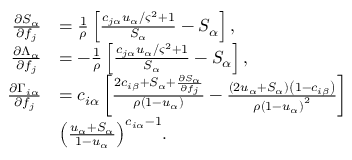
\begin{array} { r l } { \frac { \partial S _ { \alpha } } { \partial f _ { j } } } & { = \frac { 1 } { \rho } \left[ \frac { c _ { j \alpha } u _ { \alpha } / \varsigma ^ { 2 } + 1 } { S _ { \alpha } } - S _ { \alpha } \right] , } \\ { \frac { \partial \Lambda _ { \alpha } } { \partial f _ { j } } } & { = - \frac { 1 } { \rho } \left[ \frac { c _ { j \alpha } u _ { \alpha } / \varsigma ^ { 2 } + 1 } { S _ { \alpha } } - S _ { \alpha } \right] , } \\ { \frac { \partial \Gamma _ { i \alpha } } { \partial f _ { j } } } & { = c _ { i \alpha } \left[ \frac { 2 c _ { i \beta } + S _ { \alpha } + \frac { \partial S _ { \alpha } } { \partial f _ { j } } } { \rho \left( 1 - u _ { \alpha } \right) } - \frac { \left( 2 u _ { \alpha } + S _ { \alpha } \right) \left( 1 - c _ { i \beta } \right) } { \rho { \left( 1 - u _ { \alpha } \right) } ^ { 2 } } \right] } \\ & { { \left( \frac { u _ { \alpha } + S _ { \alpha } } { 1 - u _ { \alpha } } \right) } ^ { c _ { i \alpha } - 1 } . } \end{array}